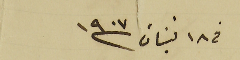
فى ١٨ نيسَان /١٩٠٧